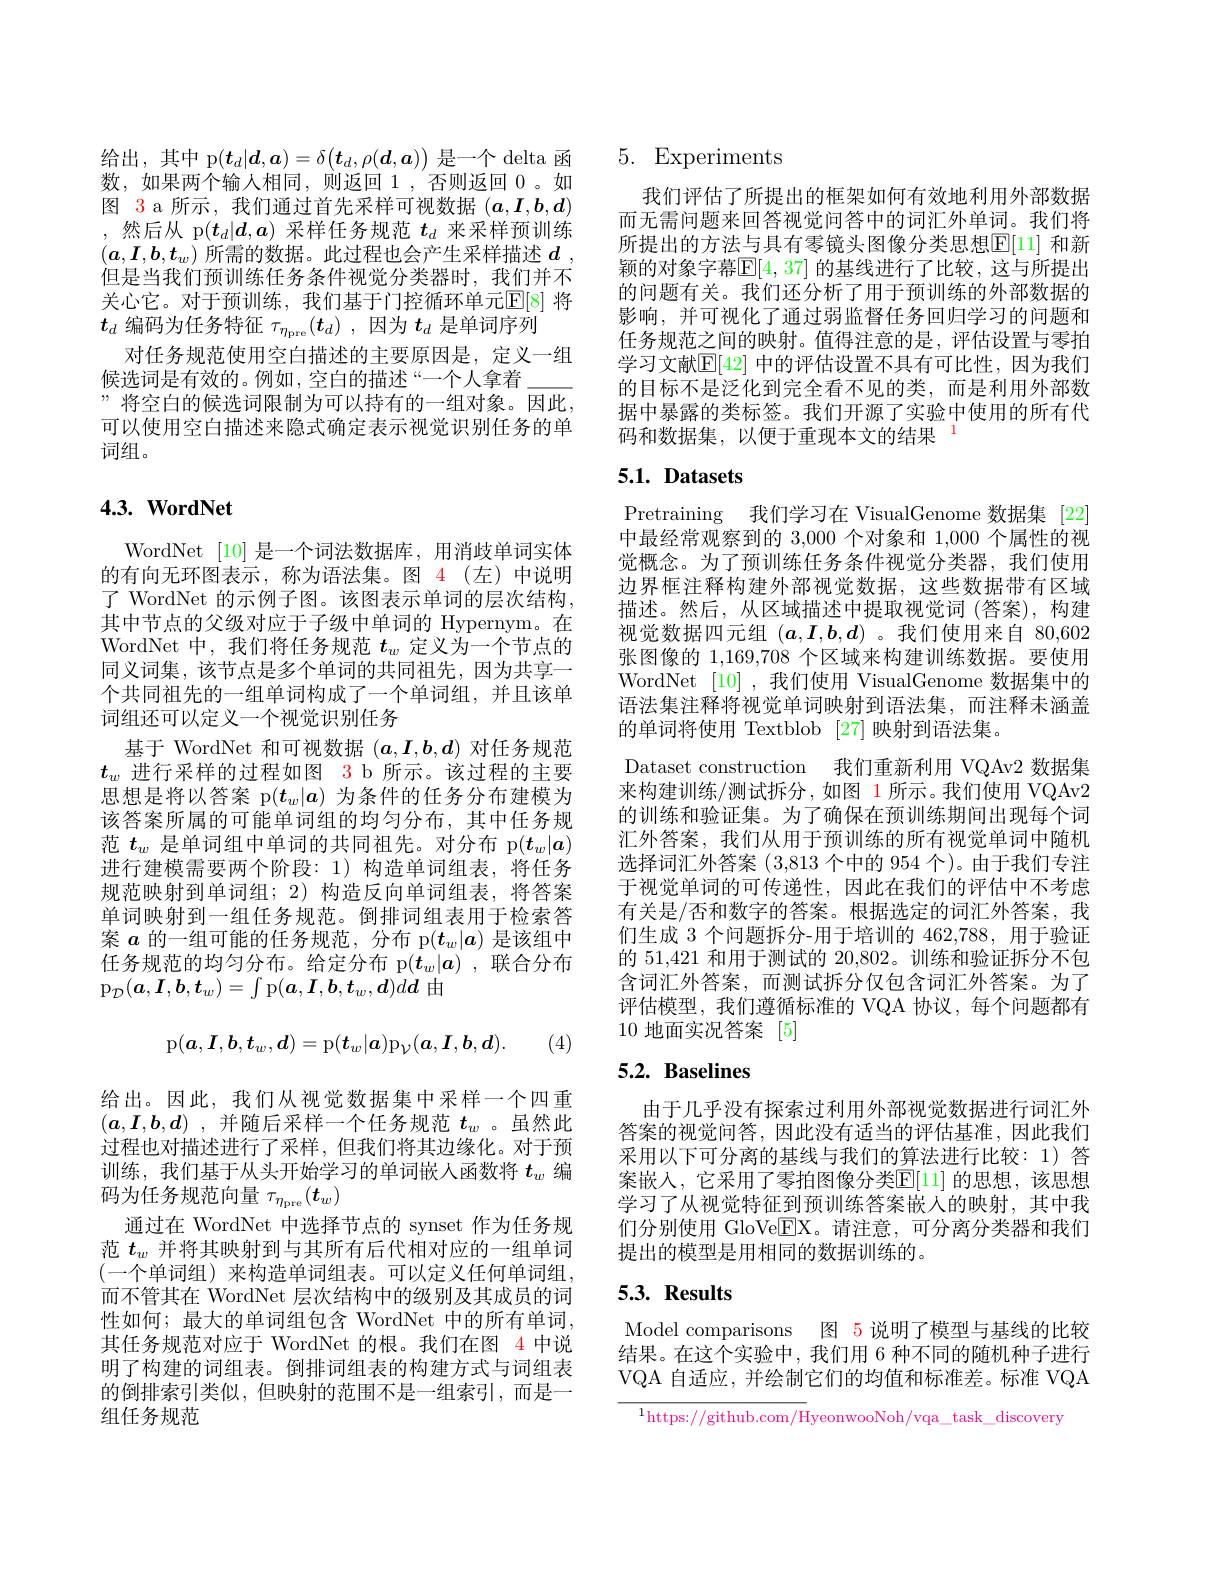
给出，其中 p$(\boldsymbol{t}_d|\boldsymbol{d},\boldsymbol{a})=\delta(\boldsymbol{t}_d,\rho(\boldsymbol{d},\boldsymbol{a}))$是一个 delta 函数，如果两个输入相同，则返回 1,否则返回0。如图 3 a 所示，我们通过首先采样可视数据$(\boldsymbol{a},\boldsymbol{I},\boldsymbol{b},\boldsymbol{d})$ ,然后从 p$(t_d|\boldsymbol{d},\boldsymbol{a})$采样任务规范$t_d$来采样预训练$(\boldsymbol{a},\boldsymbol{I},\boldsymbol{b},\boldsymbol{t}_w)$所需的数据。此过程也会产生采样描述$d$ , 但是当我们预训练任务条件视觉分类器时，我们并不关心它。对于预训练，我们基于门控循环单元$\mathbb{E}[8]$ 将$t_d$编码为任务特征$\tau_\eta_\mathrm{pre}(t_d)$ ,因为$t_d$是单词序列
对任务规范使用空白描述的主要原因是，定义一组候选词是有效的。例如，空白的描述“一个人拿着\_ ”将空白的候选词限制为可以持有的一组对象。因此， 可以使用空白描述来隐式确定表示视觉识别任务的单词组。

# $4. 3. \textbf{WordNet}$

WordNet [10]是一个词法数据库，用消歧单词实体的有向无环图表示，称为语法集。图 4(左)中说明了 WordNet 的示例子图。该图表示单词的层次结构， 其中节点的父级对应于子级中单词的 Hypernym。在WordNet 中，我们将任务规范$t_w$定义为一个节点的同义词集，该节点是多个单词的共同祖先，因为共享一个共同祖先的一组单词构成了一个单词组，并且该单词组还可以定义一个视觉识别任务
基于 WordNet 和可视数据$(\boldsymbol{a},\boldsymbol{I},\boldsymbol{b},\boldsymbol{d})$对任务规范$t_w$进行采样的过程如图 3 b 所示。该过程的主要思想是将以答案 p$(t_w|a)$为条件的任务分布建模为该答案所属的可能单词组的均匀分布，其中任务规范$t_w$是单词组中单词的共同祖先。对分布 p$(t_w|a)$ 进行建模需要两个阶段：1)构造单词组表，将任务规范映射到单词组；2)构造反向单词组表，将答案单词映射到一组任务规范。倒排词组表用于检索答案$a$的一组可能的任务规范，分布 p$(t_w|a)$是该组中任务规范的均匀分布。给定分布 p$(t_w|a)$,联合分布$\mathrm{p}_{\mathcal{D}}(\boldsymbol{a},\boldsymbol{I},\boldsymbol{b},\boldsymbol{t}_w)=\int$p$(\boldsymbol{a},\boldsymbol{I},\boldsymbol{b},\boldsymbol{t}_w,\boldsymbol{d})d\boldsymbol{d}$由
$$\mathrm{p}(\boldsymbol{a},\boldsymbol{I},\boldsymbol{b},\boldsymbol{t}_w,\boldsymbol{d})=\mathrm{p}(\boldsymbol{t}_w|\boldsymbol{a})\mathrm{p}_{\mathcal{V}}(\boldsymbol{a},\boldsymbol{I},\boldsymbol{b},\boldsymbol{d}).$$
(4)

给出。因此，我们从视觉数据集中采样一个四重$( \boldsymbol{a}, \boldsymbol{I}, \boldsymbol{b}, \boldsymbol{d})$ ,并随后采样一个任务规范$t_w$ 。虽然此过程也对描述进行了采样，但我们将其边缘化。对于预训练，我们基于从头开始学习的单词嵌人函数将$t_w$编码为任务规范向量$\tau_\eta_\mathrm{pre}(t_w)$
通过在 WordNet 中选择节点的 synset 作为任务规范$t_w$并将其映射到与其所有后代相对应的一组单词(一个单词组)来构造单词组表。可以定义任何单词组， 而不管其在 WordNet 层次结构中的级别及其成员的词性如何；最大的单词组包含 WordNet 中的所有单词， 其任务规范对应于 WordNet 的根。我们在图 4 中说明了构建的词组表。倒排词组表的构建方式与词组表的倒排索引类似，但映射的范围不是一组索引，而是一组任务规范

# 5. Experiments

我们评估了所提出的框架如何有效地利用外部数据而无需问题来回答视觉问答中的词汇外单词。我们将所提出的方法与具有零镜头图像分类思想$\mathbb{E}[11]$ 和新颖的对象字幕$\mathbb{E}[4,37]$ 的基线进行了比较，这与所提出的问题有关。我们还分析了用于预训练的外部数据的影响，并可视化了通过弱监督任务回归学习的问题和任务规范之间的映射。值得注意的是，评估设置与零拍学习文献$\mathbb{E}[42]$ 中的评估设置不具有可比性，因为我们的目标不是泛化到完全看不见的类，而是利用外部数据中暴露的类标签。我们开源了实验中使用的所有代码和数据集，以便于重现本文的结果

# 5.1. Datasets

Pretraining 我们学习在 VisualGenome 数据集 [22] 中最经常观察到的 3,000 个对象和 1,000 个属性的视觉概念。为了预训练任务条件视觉分类器，我们使用边界框注释构建外部视觉数据，这些数据带有区域描述。然后，从区域描述中提取视觉词(答案),构建视觉数据四元组$(a,\boldsymbol{I},\boldsymbol{b},\boldsymbol{d})$ 。我们使用来自 80,602张图像的 1,169,708 个区域来构建训练数据。要使用WordNet [10] ,我们使用 VisualGenome 数据集中的语法集注释将视觉单词映射到语法集，而注释未涵盖的单词将使用 Textblob [27]映射到语法集。
Dataset construction 我们重新利用 VQAv2 数据集来构建训练/测试拆分，如图 1 所示。我们使用 VQAv2的训练和验证集。为了确保在预训练期间出现每个词汇外答案，我们从用于预训练的所有视觉单词中随机选择词汇外答案 (3,813 个中的 954 个)。由于我们专注于视觉单词的可传递性，因此在我们的评估中不考虑有关是/否和数字的答案。根据选定的词汇外答案，我们生成 3 个问题拆分-用于培训的 462,788, 用于验证的 51,421 和用于测试的 20,802。训练和验证拆分不包含词汇外答案，而测试拆分仅包含词汇外答案。为了评估模型，我们遵循标准的 VQA 协议，每个问题都有10 地面实况答案 [5]

# 5.2. Baselines

由于几乎没有探索过利用外部视觉数据进行词汇外答案的视觉问答，因此没有适当的评估基准，因此我们采用以下可分离的基线与我们的算法进行比较：1)答案嵌入，它采用了零拍图像分类$\mathbb{E}[11]$ 的思想，该思想学习了从视觉特征到预训练答案嵌入的映射，其中我们分别使用 GloVe$\underline{\mathrm{E}}$X。请注意，可分离分类器和我们提出的模型是用相同的数据训练的。

# $5. 3. \textbf{ Results}$

Model comparisons 图 5 说明了模型与基线的比较结果。在这个实验中，我们用 6 种不同的随机种子进行VQA 自适应，并绘制它们的均值和标准差。标准 VQA

$^{1}$https://github.com/HyeonwooNoh/vqa\_task\_discovery